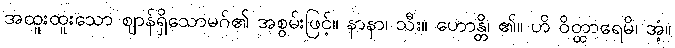
အထူးထူးသော ဈာန်ရှိသောမဂ်၏ အစွမ်းဖြင့်။ နာနာ၊ သီး။ ဟောန္တိ၊ ၏။ ဟိ ဝိတ္ထာရေမိ၊ အံ့။